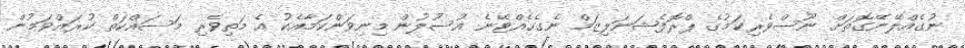
ނުގެއްލޭނޭގޮތަށް ނޫސްވެރިކަމުގެ ޕްރޮފެޝަނަލިޒަމް ނެގެހެއްޓޭނެ އުސޫލުން މިނިވަންކަމާއެކު އެ މަތިވެރި މަސައްކަތް ކުރައްވަމުން